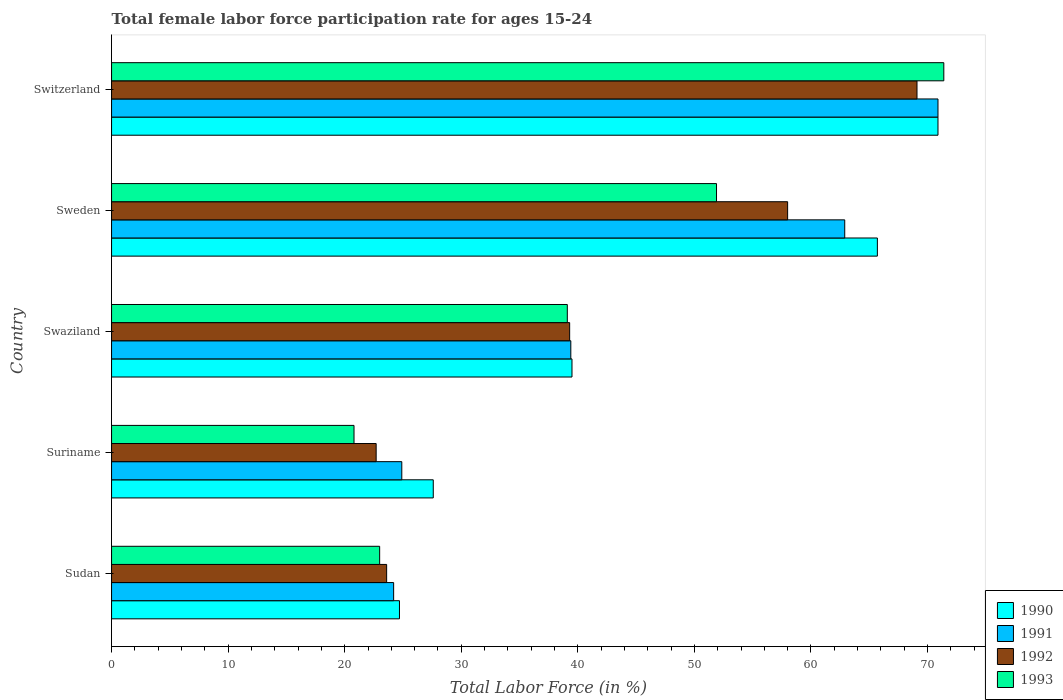
| Country | 1990 | 1991 | 1992 | 1993 |
 | --- | --- | --- | --- | --- |
 | Sudan | 24.7 | 24.2 | 23.6 | 23 |
 | Suriname | 27.6 | 24.9 | 22.7 | 20.8 |
 | Swaziland | 39.5 | 39.4 | 39.3 | 39.1 |
 | Sweden | 65.7 | 62.9 | 58 | 51.9 |
 | Switzerland | 70.9 | 70.9 | 69.1 | 71.4 |